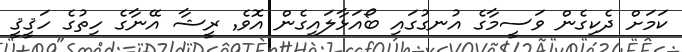
ކަމަށް ދެކިގެން ވަސީމާގެ އުނގުގައި ބޯއަޅާލަައިގެން އޮވެ